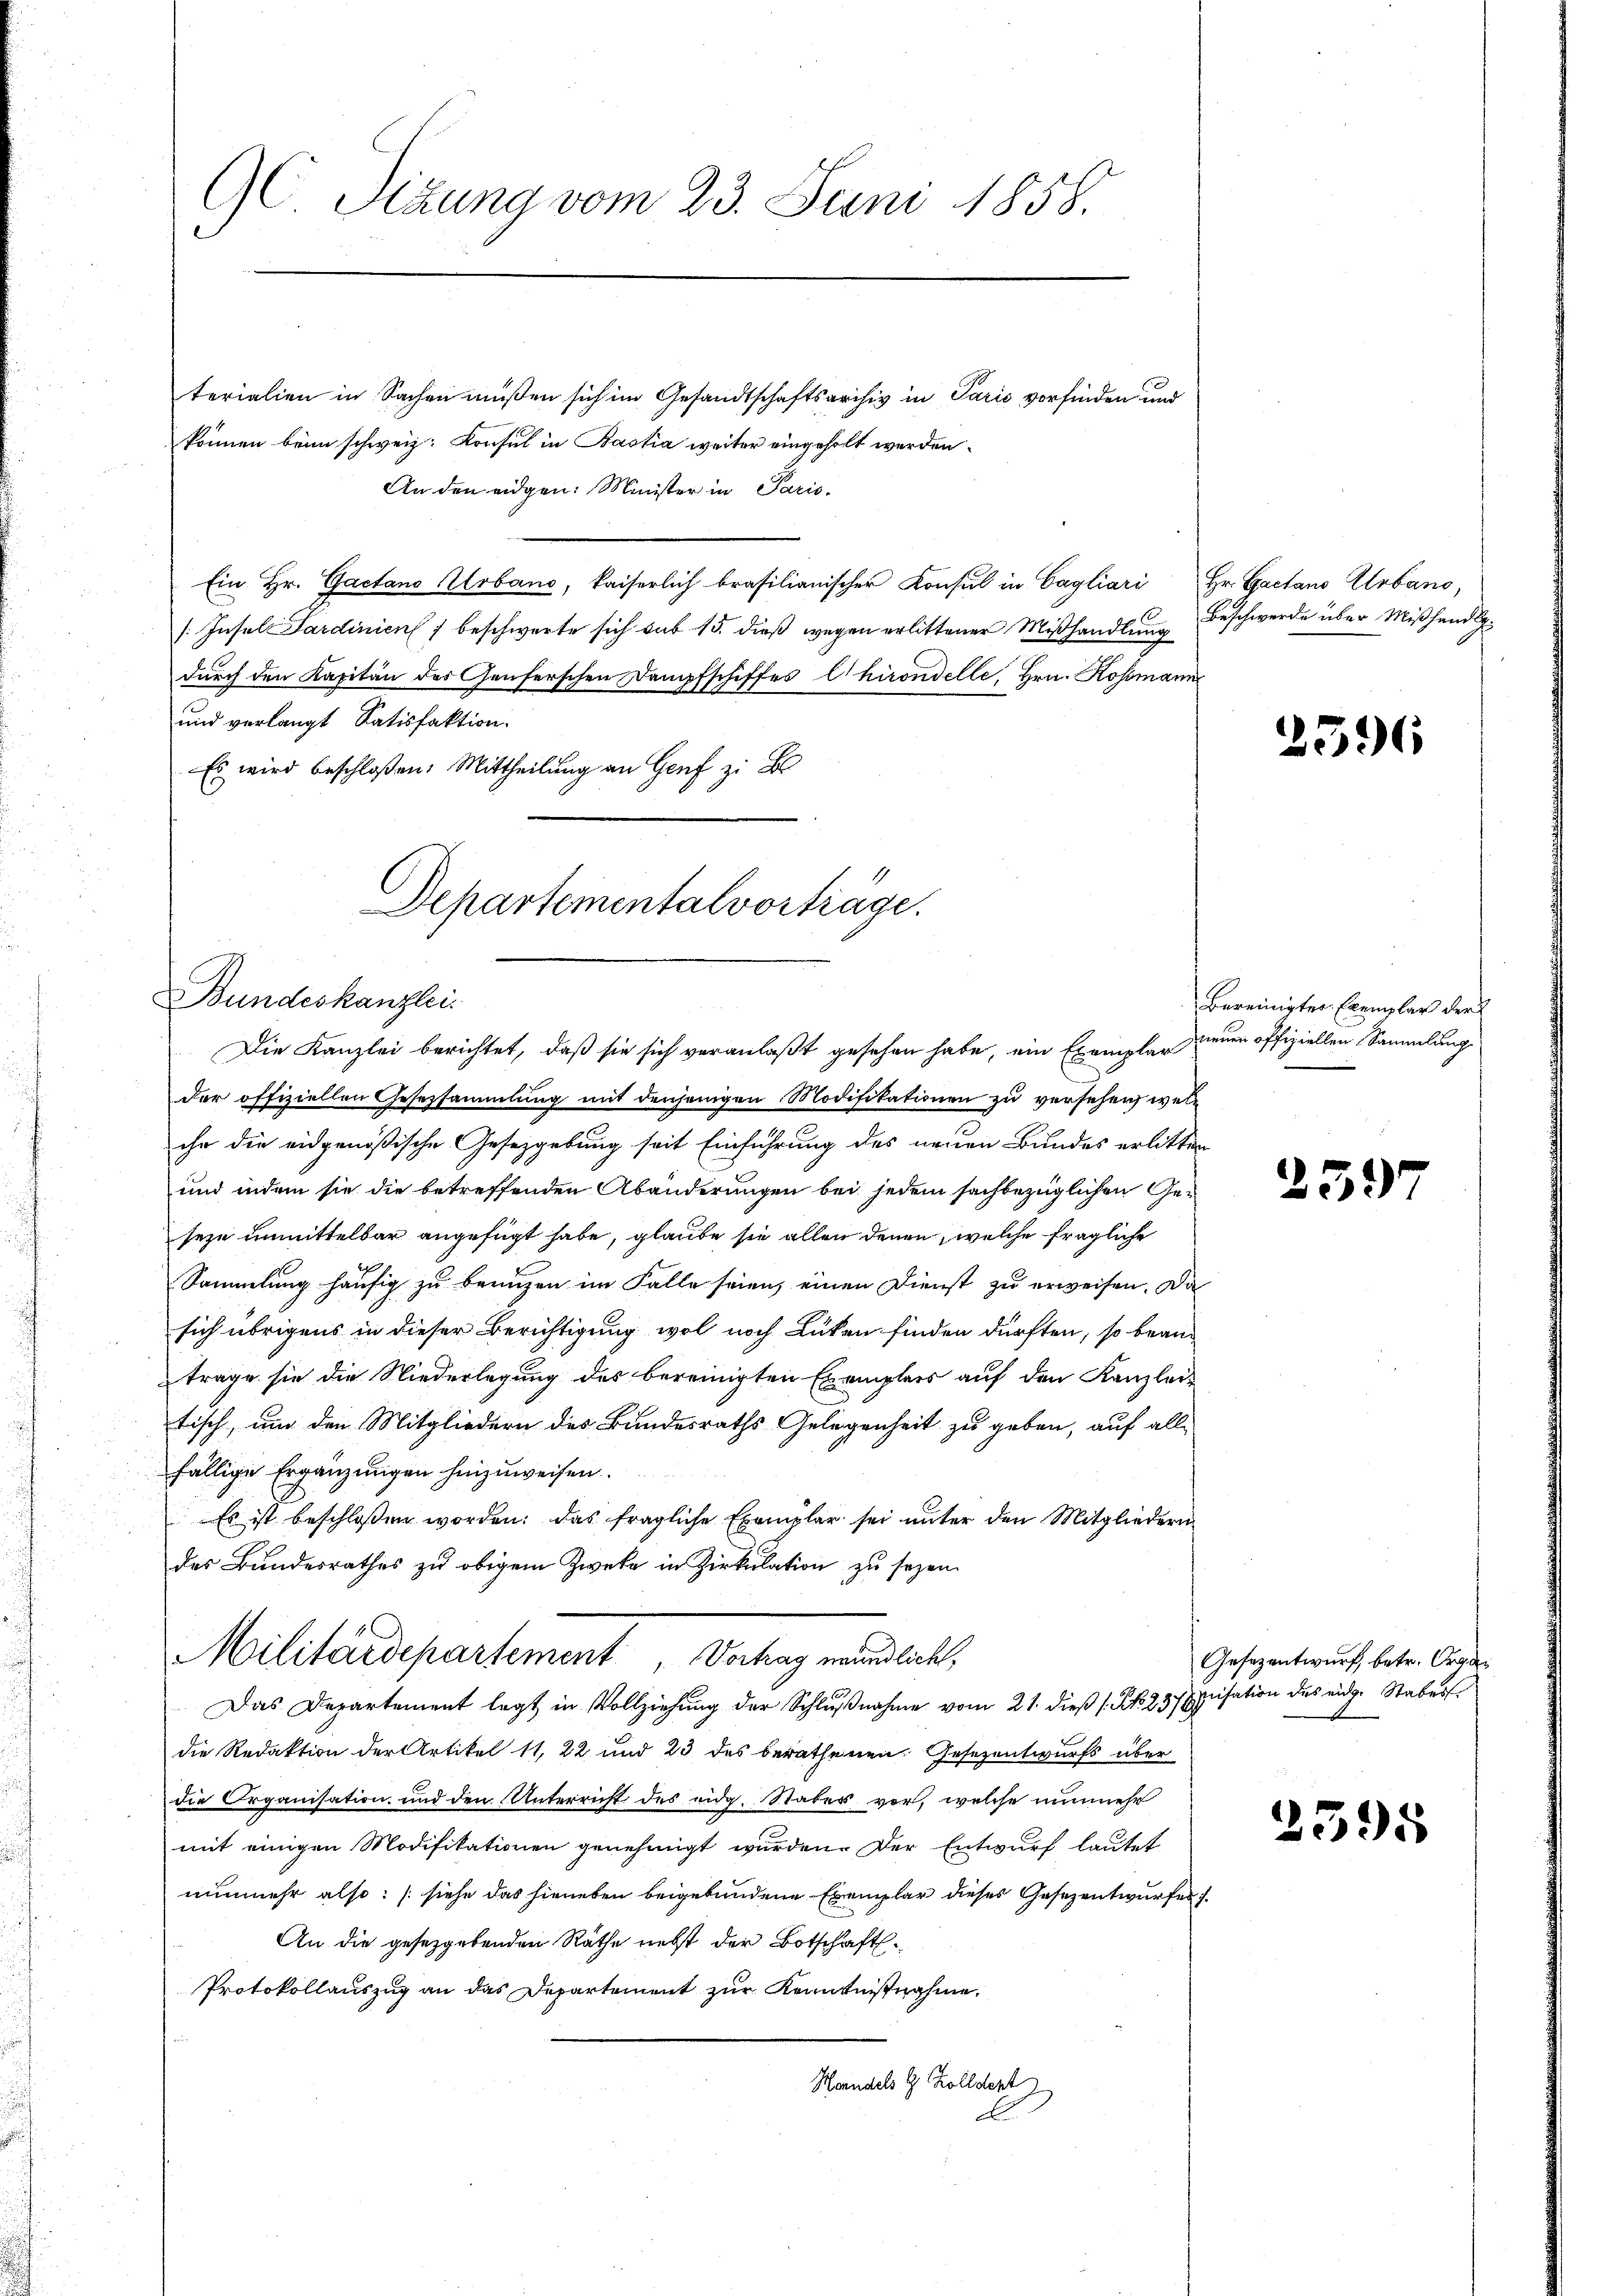
G Sizung vom 23. Juni 1858.

Departementalvorträge.
Bundeskanzlei.

terialien in Sachen müßen sich im Gesandtschaftsarchiv in Parić vorfinden und
können beim schweiz. Konsul in Bastia weiter eingeholt werden.
An den eidgen: Minister in Paris.
Ein Hr. Gactano Urband, kaiserlich brasilianischer Konsul in Cagliari
[Insel Sardinien beschwerte sich sub 15. dieß wegen erlittener Mißhandlung
durch den Kapitän des Genferschen Dampfschiffes Chirondelle, Hrn. Rossman
und verlangt Satisfaktion.
Es wird beschloßen: Mittheilung an Genf z. B

Die Kanzlei berichtet, daß sie sich veranlaßt gesehen habe, ein Exemplar neuen offiziellen Sammlung

der offiziellen Gesetzsammlung mit denjenigen Modifikationen zu versehen, welihr die eidgenößische Gesetzgebung seit Einführung des neuen Bundes erlitten
und indem sie die betreffenden Abänderungen bei jedem sachbezüglichen Geseze unmittelbar angefügt habe, glaube sie allen denen welche fragliche
Sammlung häufig zu benuzen im Falle seien, einen Dienst zu erweisen. Da
sich übrigens in dieser Berichtigung wol noch Lücken finden dürften, so beantrage sie die Niederlegung des bereinigten Exemplers auf den Kanzlei-
tisch, um den Mitgliedern des Bundesraths Gelegenheit zu geben, auf all-
fällige Ergänzungen hinzuweisen.
Es ist beschlossen worden; das fragliche Exemplar sei ŭnter den Mitgliedern
des Bundesrathes zŭ obigem Zweke in Zirkŭlation zu seyen.
Militärdepartement, Vortrag mündlicht,
Das Departement legt in Vollziehung der Schlŭβnahme vom 21. dieß (S. 23 Episation des eidge Stabes
die Redaktion der Artikel 11, 22 und 23 des berathenen Gesezentwurfs über
die Organisation und den Unterricht des eidg. Stabes vor, welche nunmehr
mit einigen Modifikationen genehmigt wurden. Der Entwurf lautet
nunmehr also: (siehe das hieneben beigebundene Exemplar dieses Gesezentwurfes f
An die gesetzgebenden Räthe nebst der Botschaft
Protokollauszug an das Departement zur Kenntnißnahme.
Handels G. Zolldert
E

Hr. Gactans Erbano,
Beschwerde über Mißhandl

2596

bereinigter Exemplar der

251)

Gesezentwurf, betr. Organ

2395